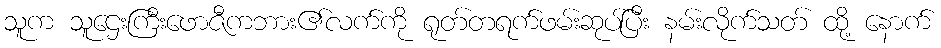
သူက သူဌေးကြီးဖောဇီကဘား၏လက်ကို ရုတ်တရက်ဖမ်းဆုပ်ပြီး နမ်းလိုက်သတ် ထို့ နောက်